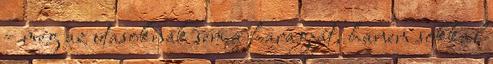
– még az utasoknak sem a haragját, hanem sokkal